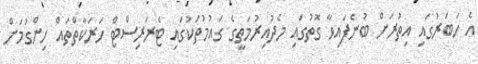
އެ ހަބަރުގައި އިތުރަށް ބުނެފައިވާ ގޮތުގައި މެދުއިރުމަތީގެ ގައުމުތަކުގައި ޓެރަރިސްޓް ހަރަކާތްތައް ހިންގުމަށް